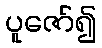
ပူဇော်၍